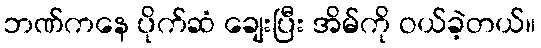
ဘဏ်ကနေ ပိုက်ဆံ ချေးပြီး အိမ်ကို ဝယ်ခဲ့တယ်။